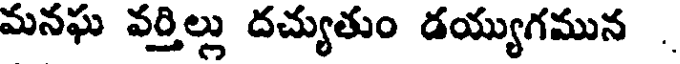
మనఘ వర్తిల్లు దచ్యుతుం డయ్యుగమున .